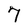
Character: 7